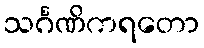
သင်္ဂဏိကရတော